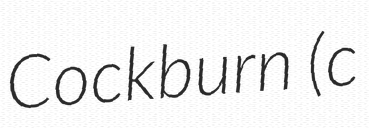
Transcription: Cockburn (c